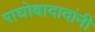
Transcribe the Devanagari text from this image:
राघोबादादांनी